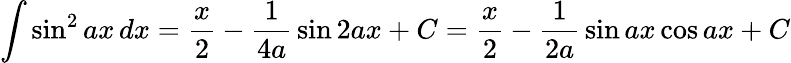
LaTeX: \int\sin^{2}{ax}\, dx={\frac{x}{2}}-{\frac{1}{4a}}\sin 2ax+C={\frac{x}{2}}-{\frac{1}{2a}}\sin ax\cos ax+C